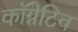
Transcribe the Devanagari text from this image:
कॉग्नेटिव